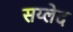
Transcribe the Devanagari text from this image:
सय्लेद